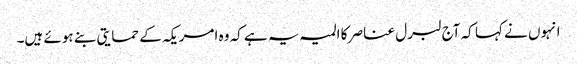
انہوں نے کہا کہ آج لبرل عناصر کا المیہ یہ ہے کہ وہ امریکہ کے حمایتی بنے ہوئے ہیں۔